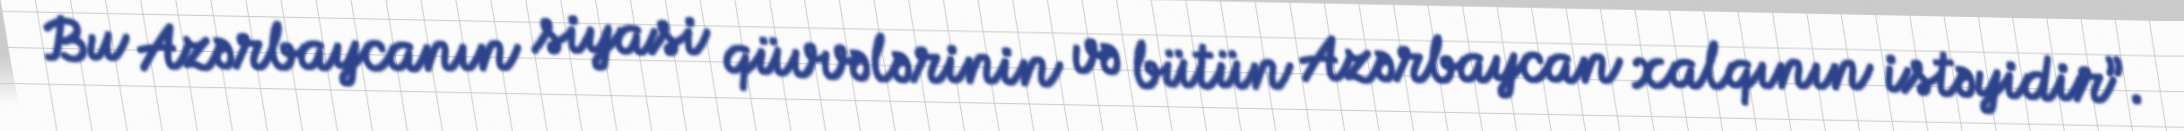
Bu Azərbaycanın siyasi qüvvələrinin və bütün Azərbaycan xalqının istəyidir”.